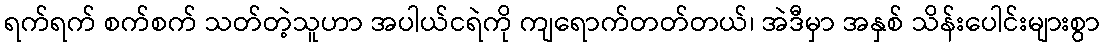
ရက်ရက် စက်စက် သတ်တဲ့သူဟာ အပါယ်ငရဲကို ကျရောက်တတ်တယ်၊ အဲဒီမှာ အနှစ် သိန်းပေါင်းများစွာ